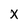
Character: X